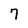
Character: 7